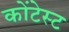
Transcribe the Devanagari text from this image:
कोंटेस्ट